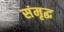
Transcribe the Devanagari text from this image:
संमृद्ध